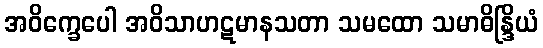
အဝိက္ခေပေါ အဝိသာဟဋမာနသတာ သမထော သမာဓိန္ဒြိယံ